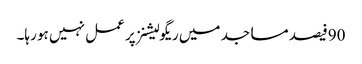
90فیصد مساجد میں ریگولیشنز پر عمل نہیں ہو رہا۔